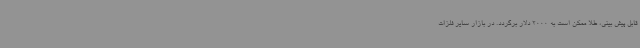
قابل پیش بینی، طلا ممکن است به 2000 دلار برگردد. در بازار سایر فلزات